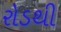
રોડથી